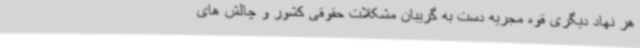
هر نهاد دیگری قوه مجریه دست به گریبان مشکلات حقوقی کشور و چالش های